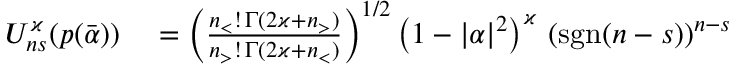
\begin{array} { r l } { U _ { n s } ^ { \varkappa } ( p ( \bar { \alpha } ) ) } & { { } = \left( \frac { n _ { < } ! \, \Gamma ( 2 \varkappa + n _ { > } ) } { n _ { > } ! \, \Gamma ( 2 \varkappa + n _ { < } ) } \right) ^ { 1 / 2 } \left( 1 - \vert \alpha \vert ^ { 2 } \right) ^ { \varkappa } \, ( \mathrm { s g n } ( n - s ) ) ^ { n - s } } \end{array}